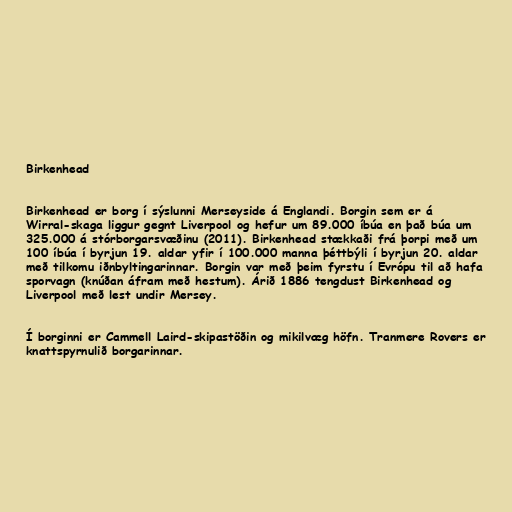
Birkenhead

Birkenhead er borg í sýslunni Merseyside á Englandi. Borgin sem er á
Wirral-skaga liggur gegnt Liverpool og hefur um 89.000 íbúa en það búa um
325.000 á stórborgarsvæðinu (2011). Birkenhead stækkaði frá þorpi með um
100 íbúa í byrjun 19. aldar yfir í 100.000 manna þéttbýli í byrjun 20. aldar
með tilkomu iðnbyltingarinnar. Borgin var með þeim fyrstu í Evrópu til að hafa
sporvagn (knúðan áfram með hestum). Árið 1886 tengdust Birkenhead og
Liverpool með lest undir Mersey.

Í borginni er Cammell Laird-skipastöðin og mikilvæg höfn. Tranmere Rovers er
knattspyrnulið borgarinnar.